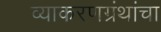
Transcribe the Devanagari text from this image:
व्याकरणग्रंथांचा